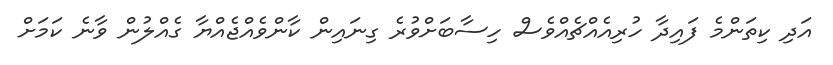
އަދި ކިތަންމެ ފައިދާ ހުރިއެއްޗެއްވެސް ހިސާބަށްވުރެ ގިނައިން ކާންވެއްޖެއްޔާ ގެއްލުން ވާނެ ކަމަށް